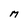
Character: M